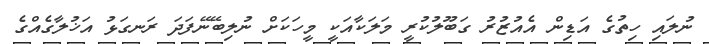
ނުލައި ހިތުގެ އަޑިން އެއުޒުރު ގަބޫލުކުރީ މަލަކާއަކީ މީހަކަށް ނުލިބޭނޭފަދަ ރަނގަޅު އަޚުލާގެއްގެ